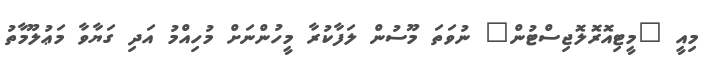
މިއީ "މީޓިއޮރޮލޮޖިސްޓުން" ނުވަތަ މޫސުން ލަފާކުރާ މީހުންނަށް މުހިއްމު އަދި ގަޔާވާ މަޢުލޫމާތު